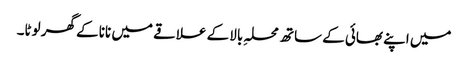
میں اپنے بھائی کے ساتھ محلہِ بالا کے علاقے میں نانا کے گھر لوٹا۔